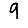
Digit: 9